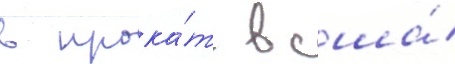
в прока́т в сша́